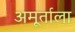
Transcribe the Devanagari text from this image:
अमूर्ताला